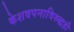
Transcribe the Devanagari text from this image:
केशवपनाविरुद्धही